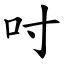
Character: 吋